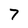
Character: 7